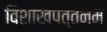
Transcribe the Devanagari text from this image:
विशाखपत्तनम